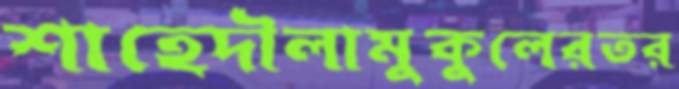
শাহেদৗলামুকুলেরতর